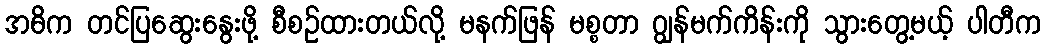
အဓိက တင်ပြဆွေးနွေးဖို့ စီစဉ်ထားတယ်လို့ မနက်ဖြန် မစ္စတာ ဂျွန်မက်ကိန်းကို သွားတွေ့မယ့် ပါတီက